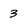
Character: 3